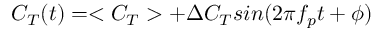
C _ { T } ( t ) = < C _ { T } > + \Delta C _ { T } s i n ( 2 \pi f _ { p } t + \phi )